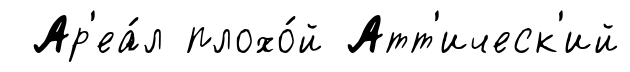
Ар'еа́л плохо́й Атт'ическ'ий